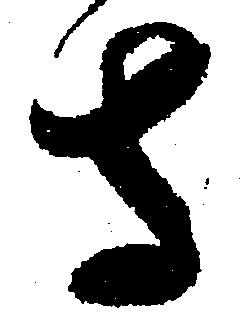
寺